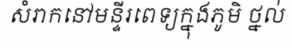
សំរាកនៅមន្ទីរពេទ្យក្នុងភូមិ ថ្នល់